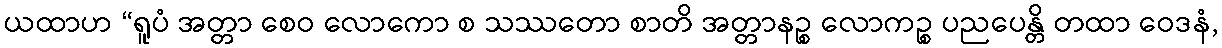
ယထာဟ “ရူပံ အတ္တာ စေဝ လောကော စ သဿတော စာတိ အတ္တာနဉ္စ လောကဉ္စ ပညပေန္တိ တထာ ဝေဒနံ,